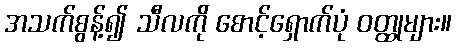
အသက်စွန့်၍ သီလကို စောင့်ရှောက်ပုံ ဝတ္ထုများ။